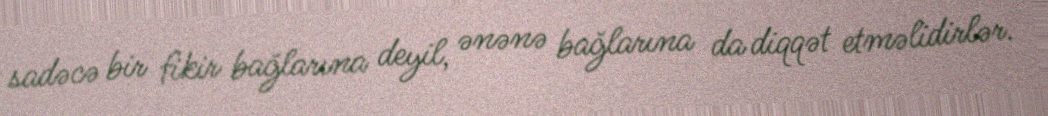
sadəcə bir fikir bağlarına deyil, ənənə bağlarına da diqqət etməlidirlər.